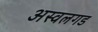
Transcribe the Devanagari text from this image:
अस्वलगड